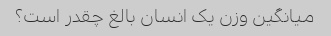
میانگین وزن یک انسان بالغ چقدر است؟